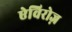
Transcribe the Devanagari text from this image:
ऐविरोज़